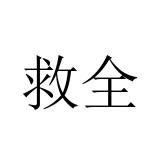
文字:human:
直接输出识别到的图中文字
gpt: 救全